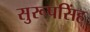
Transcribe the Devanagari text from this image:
सुरूपसिंह